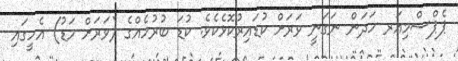
ޕެޕްސްމިއަރ ހަދަން ނަގަނީ ވަރަށް ކުޑައިރުކޮޅެކެވެ. ކުޑަ ބުރުހެއްގެ (ވަރަށް މަޑު) އެހީގައި